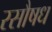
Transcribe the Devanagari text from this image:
रसौषध